Vaccination in Bombay 1856-1862 - 1856-1862
Year: 1856
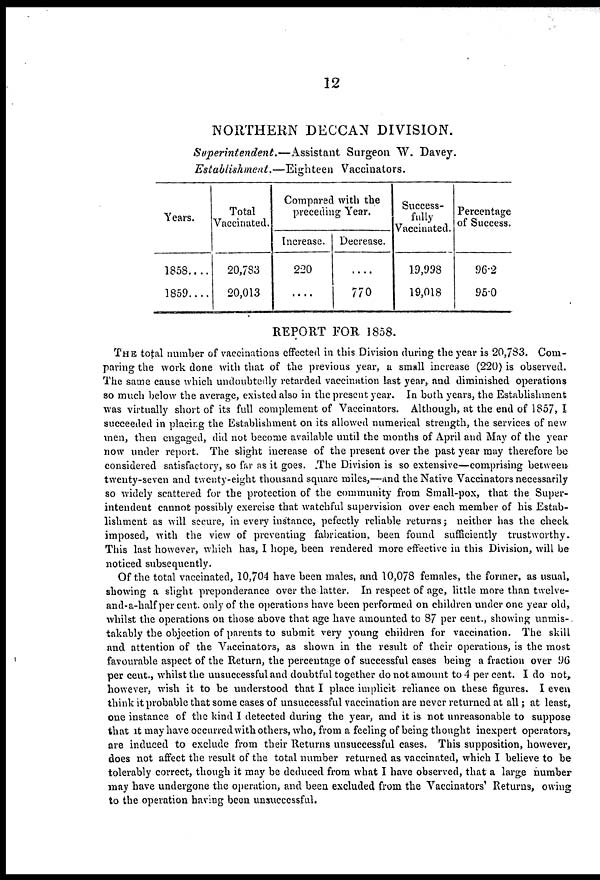
12
NORTHERN DECCAN DIVISION.
Superintendent.—Assistant
Surgeon W. Davey.
Establishment.—Eighteen
Vaccinators.
Years.
1858....
1859....
Total
Vaccinated.
20,783
20,013
Compared with the
preceding Year.
Increase.
220
....
Decrease.
....
770
Success-
fully
Vaccinated.
19,998
19,018
Percentage
of Success.
96.2
95.0
REPORT FOR 1858.
THE total number of vaccinations effected in this Division during the year is 20,783. Com-
paring the work done with that of the previous year, a small increase (220) is observed.
The same cause which undoubtedly retarded vaccination last year, and diminished operations
so much below the average, existed also in the present year. In both years, the Establishment
was virtually short of its full complement of Vaccinators. Although, at the end of 1857, I
succeeded in placing the Establishment on its allowed numerical strength, the services of new
men, then engaged, did not become available until the months of April and May of the year
now under report. The slight increase of the present over the past year may therefore be
considered satisfactory, so far as it goes. The Division is so extensive—comprising between
twenty-seven and twenty-eight thousand square miles,—and the Native Vaccinators necessarily
so widely scattered for the protection of the community from Small-pox, that the Super-
intendent cannot possibly exercise that watchful supervision over each member of his Estab-
lishment as will secure, in every instance, pefectly reliable returns; neither has the check
imposed, with the view of preventing fabrication, been found sufficiently trustworthy.
This last however, which has, I hope, been rendered more effective in this Division, will be
noticed subsequently.
Of the total vaccinated, 10,704 have been males, and 10,078 females, the former, as usual,
showing a slight preponderance over the latter. In respect of age, little more than twelve-
and-a-half per cent, only of the operations have been performed on children under one year old,
whilst the operations on those above that age have amounted to 87 per cent., showing unmis-
takably the objection of parents to submit very young children for vaccination. The skill
and attention of the Vaccinators, as shown in the result of their operations, is the most
favourable aspect of the Return, the percentage of successful cases being a fraction over 96
per cent., whilst the unsuccessful and doubtful together do not amount to 4 per cent. I do not,
however, wish it to be understood that I place implicit reliance on these figures. I even
think it probable that some cases of unsuccessful vaccination are never returned at all; at least,
one instance of the kind I detected during the year, and it is not unreasonable to suppose
that it may have occurred with others, who, from a feeling of being thought inexpert operators,
are induced to exclude from their Returns unsuccessful cases. This supposition, however,
does not affect the result of the total number returned as vaccinated, which I believe to be
tolerably correct, though it may be deduced from what I have observed, that a large number
may have undergone the operation, and been excluded from the Vaccinators' Returns, owing
to the operation having been unsuccessful.